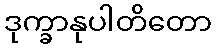
ဒုက္ခာနုပါတိတော